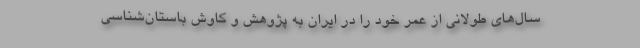
سال‌های طولانی از عمر خود را در ایران به پژوهش و کاوش باستان‌شناسی